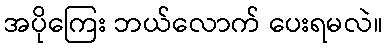
အပိုကြေး ဘယ်လောက် ပေးရမလဲ။